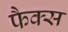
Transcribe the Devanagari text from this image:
फैक्‍स